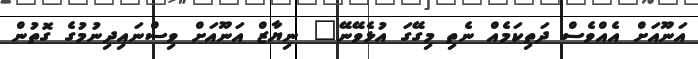
އަނޫއަށް އެއްވެސް ދަތިކަމެއް ނެތި މިގޭގަ އުޅެވޭނޭ" ނިޔާޒް އަނޫއަށް ވިސްނައިދިނުމުގެ ގޮތުން